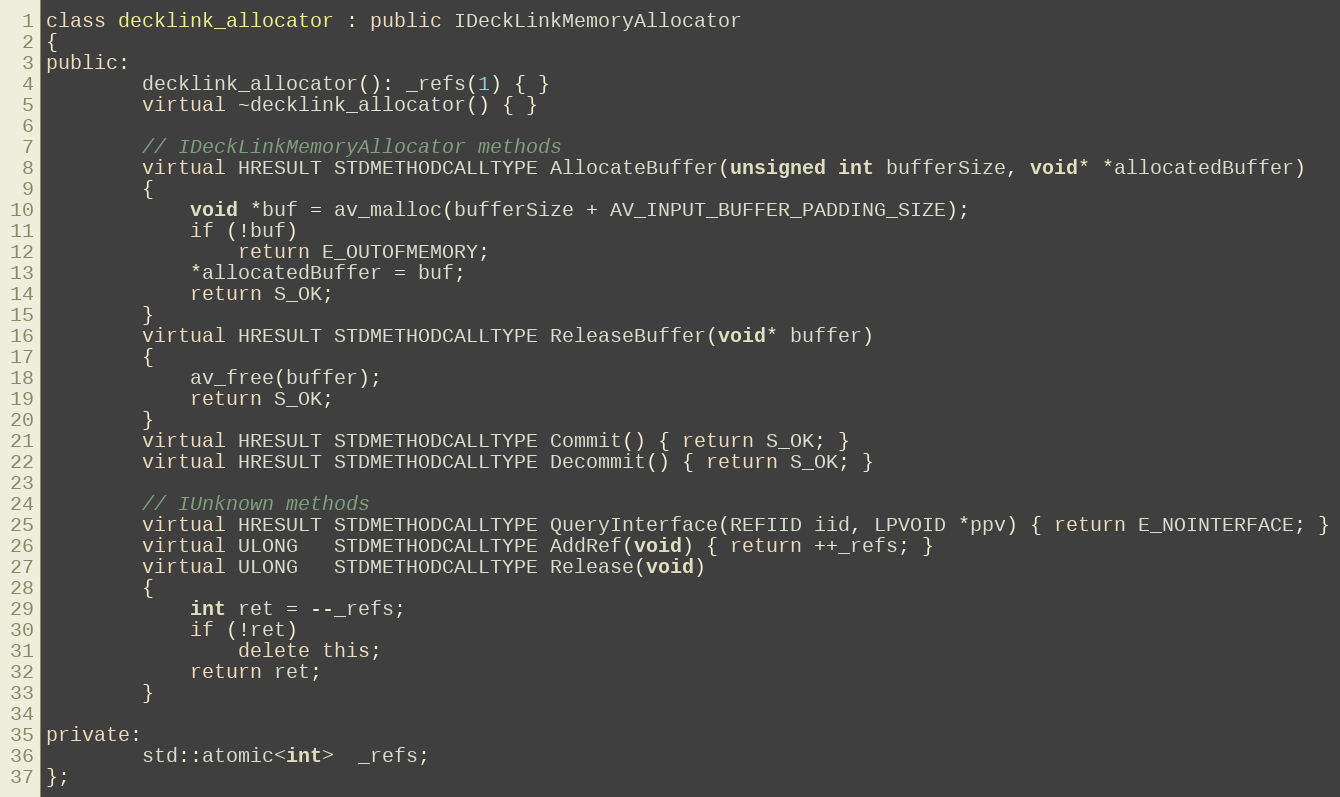
Language: C++
class decklink_allocator : public IDeckLinkMemoryAllocator
{
public:
        decklink_allocator(): _refs(1) { }
        virtual ~decklink_allocator() { }

        // IDeckLinkMemoryAllocator methods
        virtual HRESULT STDMETHODCALLTYPE AllocateBuffer(unsigned int bufferSize, void* *allocatedBuffer)
        {
            void *buf = av_malloc(bufferSize + AV_INPUT_BUFFER_PADDING_SIZE);
            if (!buf)
                return E_OUTOFMEMORY;
            *allocatedBuffer = buf;
            return S_OK;
        }
        virtual HRESULT STDMETHODCALLTYPE ReleaseBuffer(void* buffer)
        {
            av_free(buffer);
            return S_OK;
        }
        virtual HRESULT STDMETHODCALLTYPE Commit() { return S_OK; }
        virtual HRESULT STDMETHODCALLTYPE Decommit() { return S_OK; }

        // IUnknown methods
        virtual HRESULT STDMETHODCALLTYPE QueryInterface(REFIID iid, LPVOID *ppv) { return E_NOINTERFACE; }
        virtual ULONG   STDMETHODCALLTYPE AddRef(void) { return ++_refs; }
        virtual ULONG   STDMETHODCALLTYPE Release(void)
        {
            int ret = --_refs;
            if (!ret)
                delete this;
            return ret;
        }

private:
        std::atomic<int>  _refs;
};